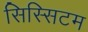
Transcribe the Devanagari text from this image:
सिस्सिटम